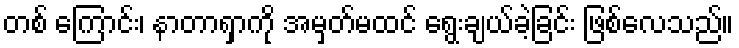
တစ် ကြောင်း၊ နာတာရှာကို အမှတ်မထင် ရွေးချယ်ခဲ့ခြင်း ဖြစ်လေသည်။